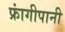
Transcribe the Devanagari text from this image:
फ्रांगीपानी